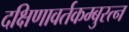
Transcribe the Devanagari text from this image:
दक्षिणावर्तकम्बुरत्न